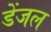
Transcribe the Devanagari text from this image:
डेंजल